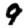
Digit: 9